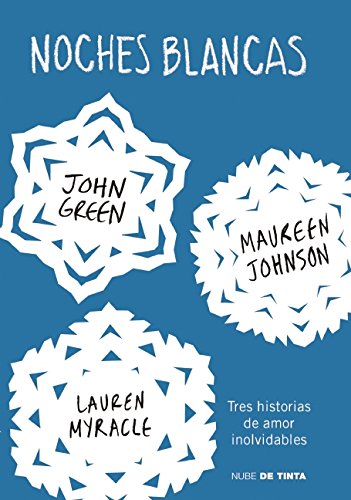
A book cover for Noches blancas: Tres historias de amor inolvidables (Let It Snow: Three Holiday Romances) (Spanish Edition); John Green; Teen & Young Adult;